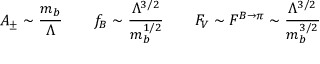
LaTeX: A _ { \pm } \sim \frac { m _ { b } } { \Lambda } \qquad f _ { B } \sim \frac { \Lambda ^ { 3 / 2 } } { m _ { b } ^ { 1 / 2 } } \qquad F _ { V } \sim F ^ { B \to \pi } \sim \frac { \Lambda ^ { 3 / 2 } } { m _ { b } ^ { 3 / 2 } }